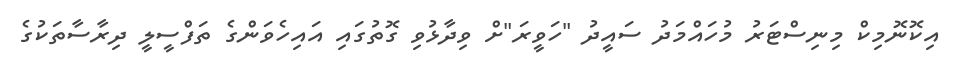
އިކޮނޮމިކް މިނިސްޓަރު މުހައްމަދު ސައީދު "ހަވީރަ"ށް ވިދާޅުވި ގޮތުގައި އައިހެވަންގެ ތަފްސީލީ ދިރާސާތަކުގެ